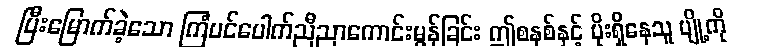
ပြီးမြောက်ခဲ့သော ကြံပင်ပေါက်ညီညာကောင်းမွန်ခြင်း ဤစနစ်နှင့် ပိုးရှိနေသူ ပျို့ကို